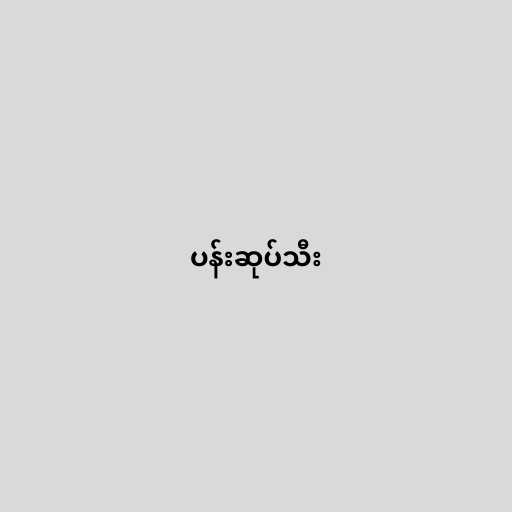
ပန်းဆုပ်သီး